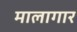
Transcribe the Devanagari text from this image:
मालागार